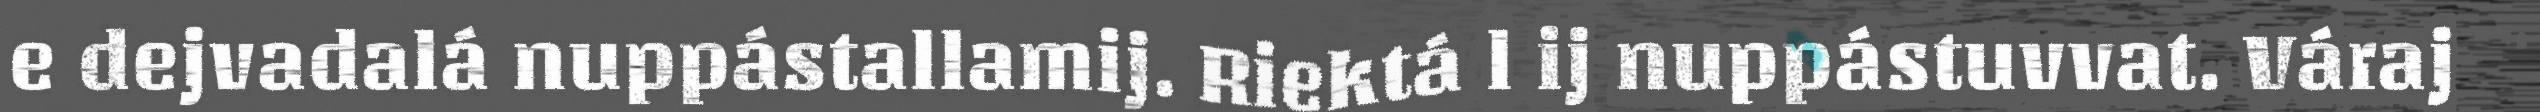
e dejvadalá nuppástallamij. Riektá l ij nuppástuvvat. Váraj